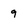
Character: 9